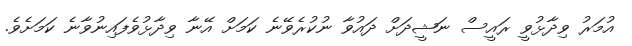
އުމަރު ވިދާޅުވީ ރައީސް ނަޝީދަށް ދައުވާ ނުކުރެވޭނެ ކަމަށް އޭނާ ވިދާޅުވެފައިނުވާނެ ކަމަށެވެ.